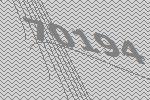
70194